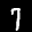
Label: 7